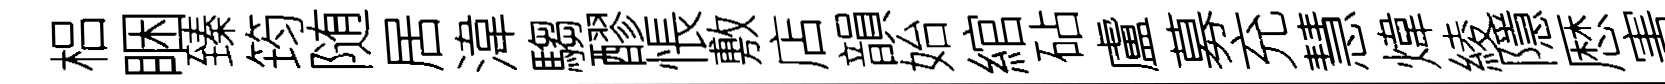
梠睏臻筠随居湋騶醪悵敷店韻始綰砧盧募充慧煒綾隱厯害